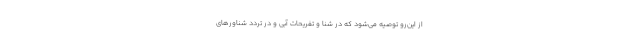
از این‌رو توصیه می‌شود که در شنا و تفریحات آبی و در تردد شناورهای